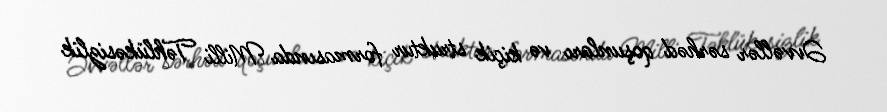
Əvvəllər sərhəd qoşunları və kiçik struktur formasında Milli Təhlükəsizlik